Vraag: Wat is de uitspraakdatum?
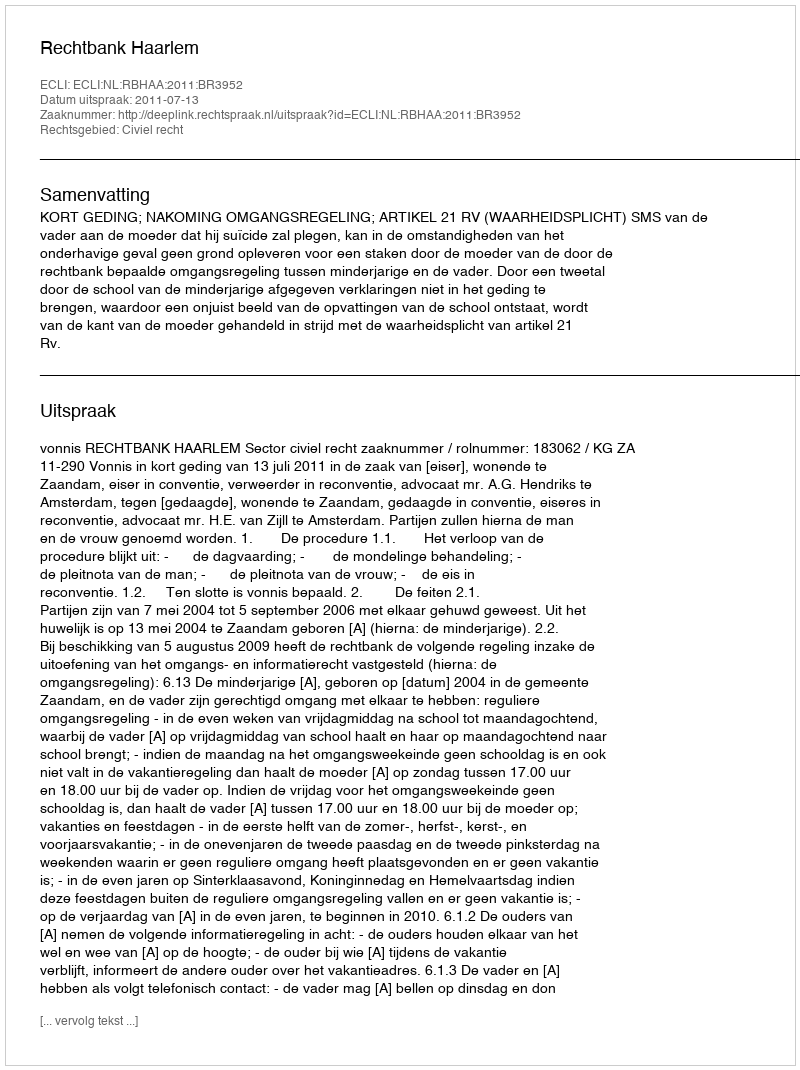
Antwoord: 2011-07-13